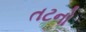
તટનો